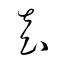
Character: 袁